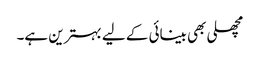
مچھلی بھی بینائی کے لیے بہترین ہے۔